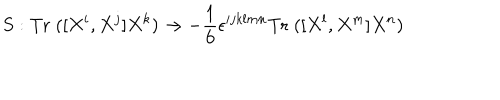
S : \mathrm { T r } \; ( [ X ^ { i } , X ^ { j } ] X ^ { k } ) \rightarrow - { \frac { 1 } { 6 } } \epsilon ^ { i j k l m n } \mathrm { T r } \; ( [ X ^ { l } , X ^ { m } ] X ^ { n } )